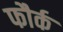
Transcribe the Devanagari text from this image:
फौर्क